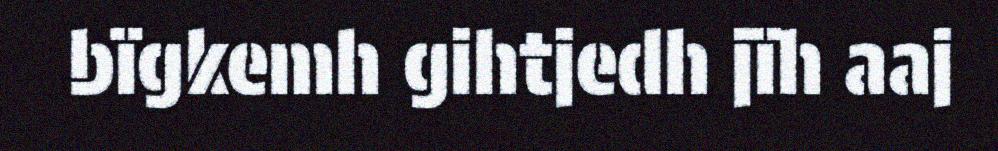
bïgkemh gihtjedh jïh aaj